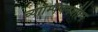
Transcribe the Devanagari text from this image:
च्याम्पियनशीप